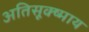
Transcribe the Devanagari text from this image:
अतिसूक्ष्माय